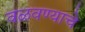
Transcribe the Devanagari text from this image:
वळवण्याचे